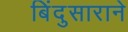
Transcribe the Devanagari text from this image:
बिंदुसाराने